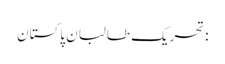
:تحریک طالبان پاکستان